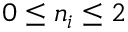
{ 0 \le n _ { i } \le 2 }